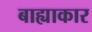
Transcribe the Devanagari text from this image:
बाह्याकार